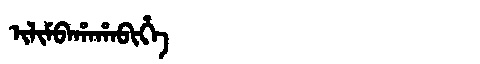
Manchu: ᡳᠯᡳᠮᠪᠠᡥᠠᡥᠠᠪᡳᡥᡝ
Romanization: ILIMBAHAHABIHE